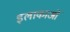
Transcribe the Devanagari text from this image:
इलाकाओं